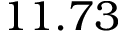
1 1 . 7 3